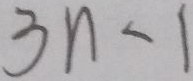
3 n - 1